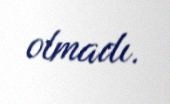
olmadı.